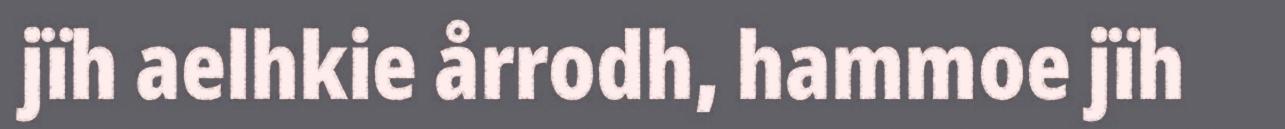
jïh aelhkie årrodh, hammoe jïh